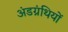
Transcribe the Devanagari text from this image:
अंडग्रंथियों